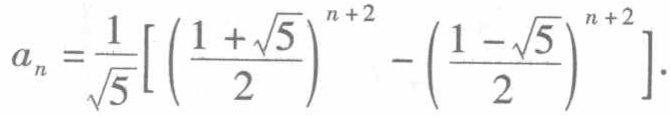
\[a_{n}=\frac{1}{\sqrt{5}}\left[\left(\frac{1 + \sqrt{5}}{2}\right)^{n + 2}-\left(\frac{1 - \sqrt{5}}{2}\right)^{n + 2}\right].\]